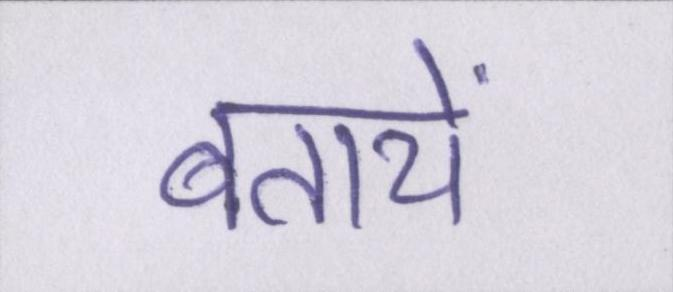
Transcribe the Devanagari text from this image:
बतायें